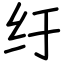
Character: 纡